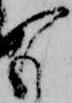
も